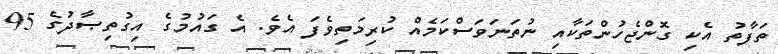
ތަފާތު އެކި ގޮންޖެހުންތަކާއި ނުތަނަވަސްކަމެއް ކުރިމަތިވެފަ އެވެ. އެ ގައުމުގެ އިގުތިޞާދުގެ 95